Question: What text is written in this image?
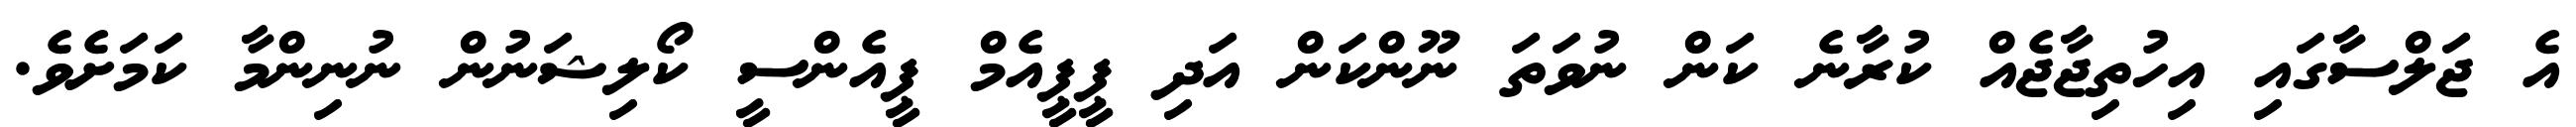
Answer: އެ ޖަލްސާގައި އިހުތިޖާޖެއް ކުރާނެ ކަން ނުވަތަ ނޫންކަން އަދި ޕީޕީއެމް ޕީއެންސީ ކޯލިޝަނުން ނުނިންމާ ކަމަށެވެ.